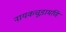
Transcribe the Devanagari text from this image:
नायकचूडामणि